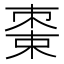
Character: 𬃔